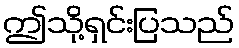
ဤသို့ရှင်းပြသည်